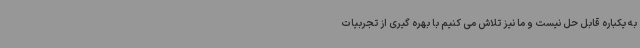
به یکباره قابل حل نیست و ما نیز تلاش می کنیم با بهره گیری از تجربیات